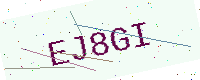
Text: EJ8GI